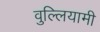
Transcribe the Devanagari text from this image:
वुल्लियामी